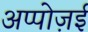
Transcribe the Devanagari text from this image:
अप्पोज़ई